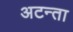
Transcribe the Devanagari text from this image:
अटन्ता